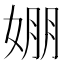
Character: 𡞇